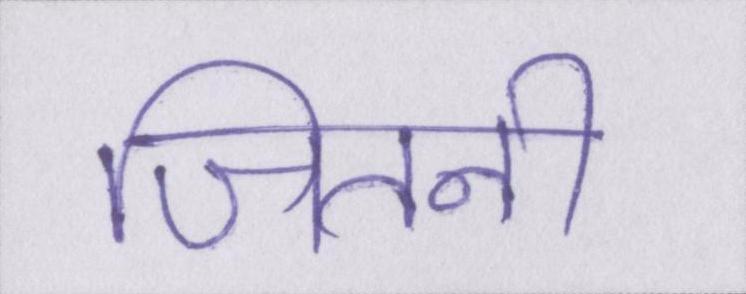
जितनी